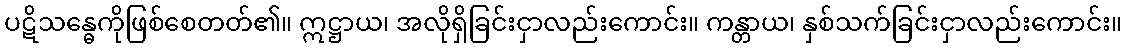
ပဋိသန္ဓေကိုဖြစ်စေတတ်၏။ ဣဋ္ဌာယ၊ အလိုရှိခြင်းငှာလည်းကောင်း။ ကန္တာယ၊ နှစ်သက်ခြင်းငှာလည်းကောင်း။